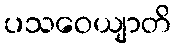
ပသဝေယျာတိ